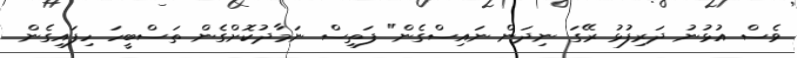
ވެސް އުޅުނު ދަރިފުޅު ރޭގަ ނިދަން ނައިސްގެން" ފަތިސް ނަމާދުކޮށްގެން ތަސްބީހަ ހިފައިގެން